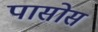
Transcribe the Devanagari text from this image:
पासोस